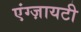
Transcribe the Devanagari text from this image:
एंग्ज़ायटी